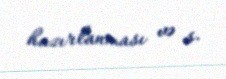
hazırlanması və s.